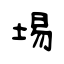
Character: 埸